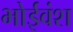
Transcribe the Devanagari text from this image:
भोईवंश